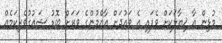
މުޅިން އާ ޚިޔާލަކަށް ވެފައި އެ ވައުދަށް އާއްމުންގެ ވަރަށް ބޮޑު ޝައުގުވެރިކަމެއް